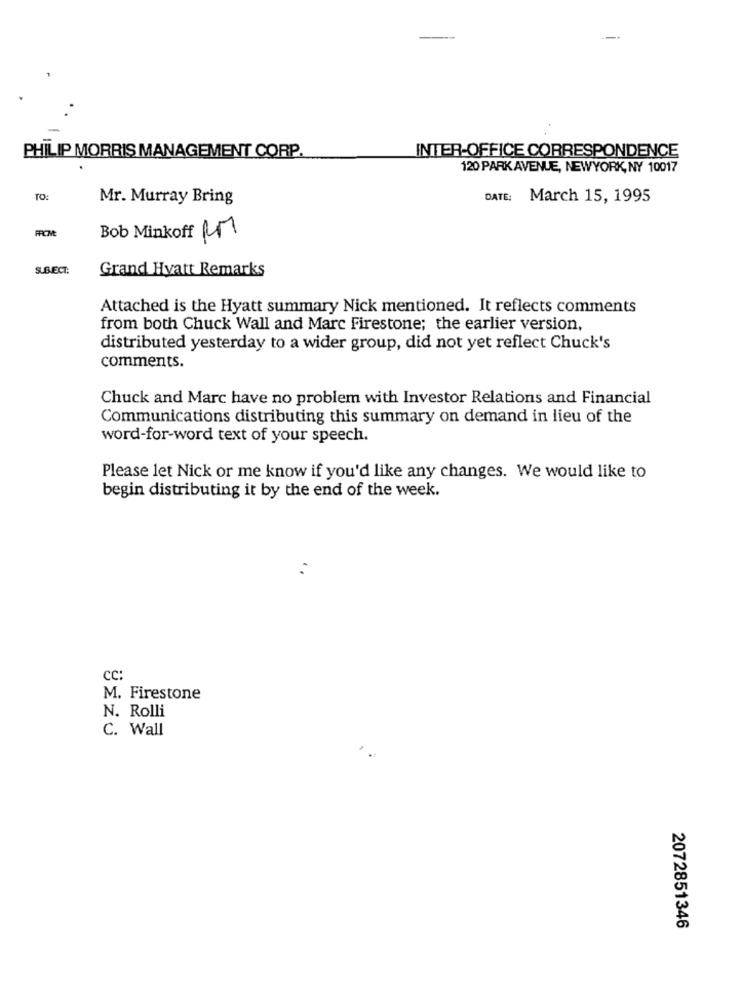
PHILIP MORRIS MANAGEMENT CORP.
INTER-OFFICE CORRESPONDENCE
120 PARK AVENUE, NEWYORK, NY 10017
TO:
Mr. Murray Bring
DATE: March 15, 1995
FROM
Bob Minkoff RM
SUBJECT:
Grand Hyatt Remarks
Attached is the Hyatt summary Nick mentioned. It reflects comments
from both Chuck Wall and Marc Firestone; the earlier version,
distributed yesterday to a wider group, did not yet reflect Chuck's
comments.
Chuck and Marc have no problem with Investor Relations and Financial
Communications distributing this summary on demand in lieu of the
word-for-word text of your speech.
Please let Nick or me know if you'd like any changes. We would like to
begin distributing it by the end of the week.
CC:
M. Firestone
N. Rolli
C. Wall
2072851346